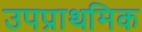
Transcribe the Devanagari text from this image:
उपप्राथमिक